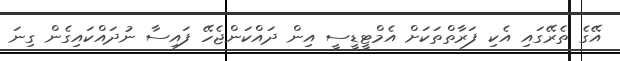
އޭގެ ތެރޭގައި އެކި ފަރާތްތަކަށް އެމްޓީޑީސީ އިން ދައްކަންޖެހޭ ފައިސާ ނުދައްކައިގެން ގިނަ